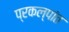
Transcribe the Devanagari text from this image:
प्रकल्पांत